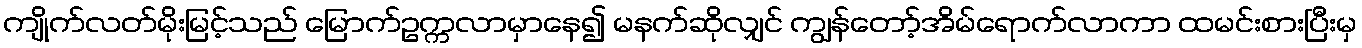
ကျိုက်လတ်မိုးမြင့်သည် မြောက်ဥက္ကလာမှာနေ၍ မနက်ဆိုလျှင် ကျွန်တော့်အိမ်ရောက်လာကာ ထမင်းစားပြီးမှ